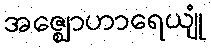
အဇ္ဈောဟာရေယျုံ